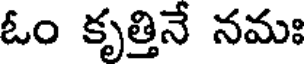
ఓం కృత్తినే నమః